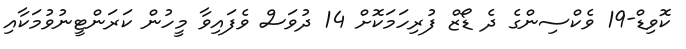
ކޮވިޑް-19 ވެކްސިންގެ ދެ ޑޯޒް ފުރިހަމަކޮށް 14 ދުވަސް ވެފައިވާ މީހުން ކަރަންޓީނުވުމަކާއި